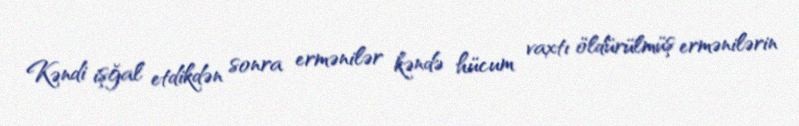
Kəndi işğal etdikdən sonra ermənilər kəndə hücum vaxtı öldürülmüş ermənilərin